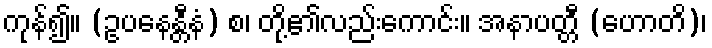
ကုန်၍။ (ဥပနေန္တီနံ) စ၊ တို့၏လည်းကောင်း။ အနာပတ္တီ (ဟောတိ)၊